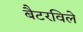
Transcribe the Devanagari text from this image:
बैटरविले